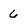
Character: 6